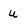
Character: u